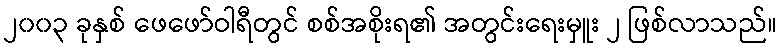
၂၀၀၃ ခုနှစ် ဖေဖော်ဝါရီတွင် စစ်အစိုးရ၏ အတွင်းရေးမှူး ၂ ဖြစ်လာသည်။